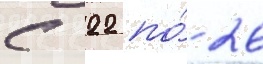
с 22 по́ 26